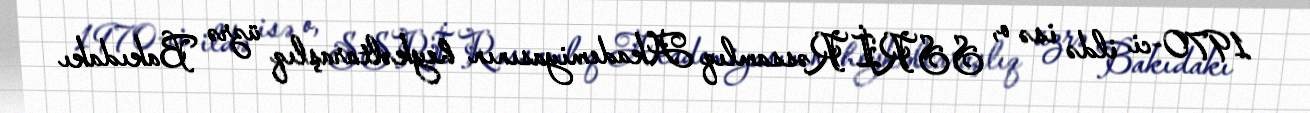
1970-ci ildə isə o, SSRİ Rəssamlıq Akademiyasının heykəltaraşlıq üzrə Bakıdakı